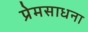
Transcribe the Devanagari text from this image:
प्रेमसाधना